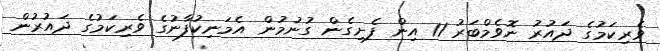
ވެރިކަމުގެ ދައުރު ނޮވެމްބަރު 11 އިން ފެށިގެން ގުނުމުން އެމަނިކުފާނުގެ ވެރިކަމުގެ ދައުރުން